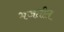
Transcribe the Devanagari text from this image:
भजतील